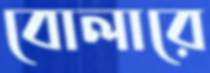
বোলারে